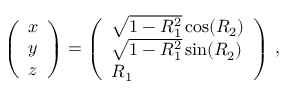
\left( \begin{array} { l } { x } \\ { y } \\ { z } \end{array} \right) = \left( \begin{array} { l } { \sqrt { 1 - R _ { 1 } ^ { 2 } } \cos ( R _ { 2 } ) } \\ { \sqrt { 1 - R _ { 1 } ^ { 2 } } \sin ( R _ { 2 } ) } \\ { R _ { 1 } } \end{array} \right) \, ,